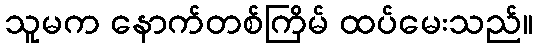
သူမက နောက်တစ်ကြိမ် ထပ်မေးသည်။